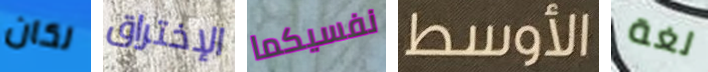
لكان الإختراق نفسيكما الأوسط لغة